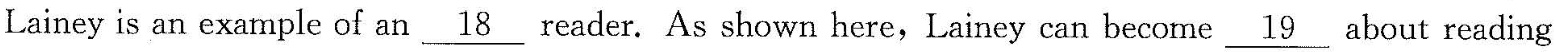
when \underline{20}with literature on topics that interest her, and when the people around her model involvement